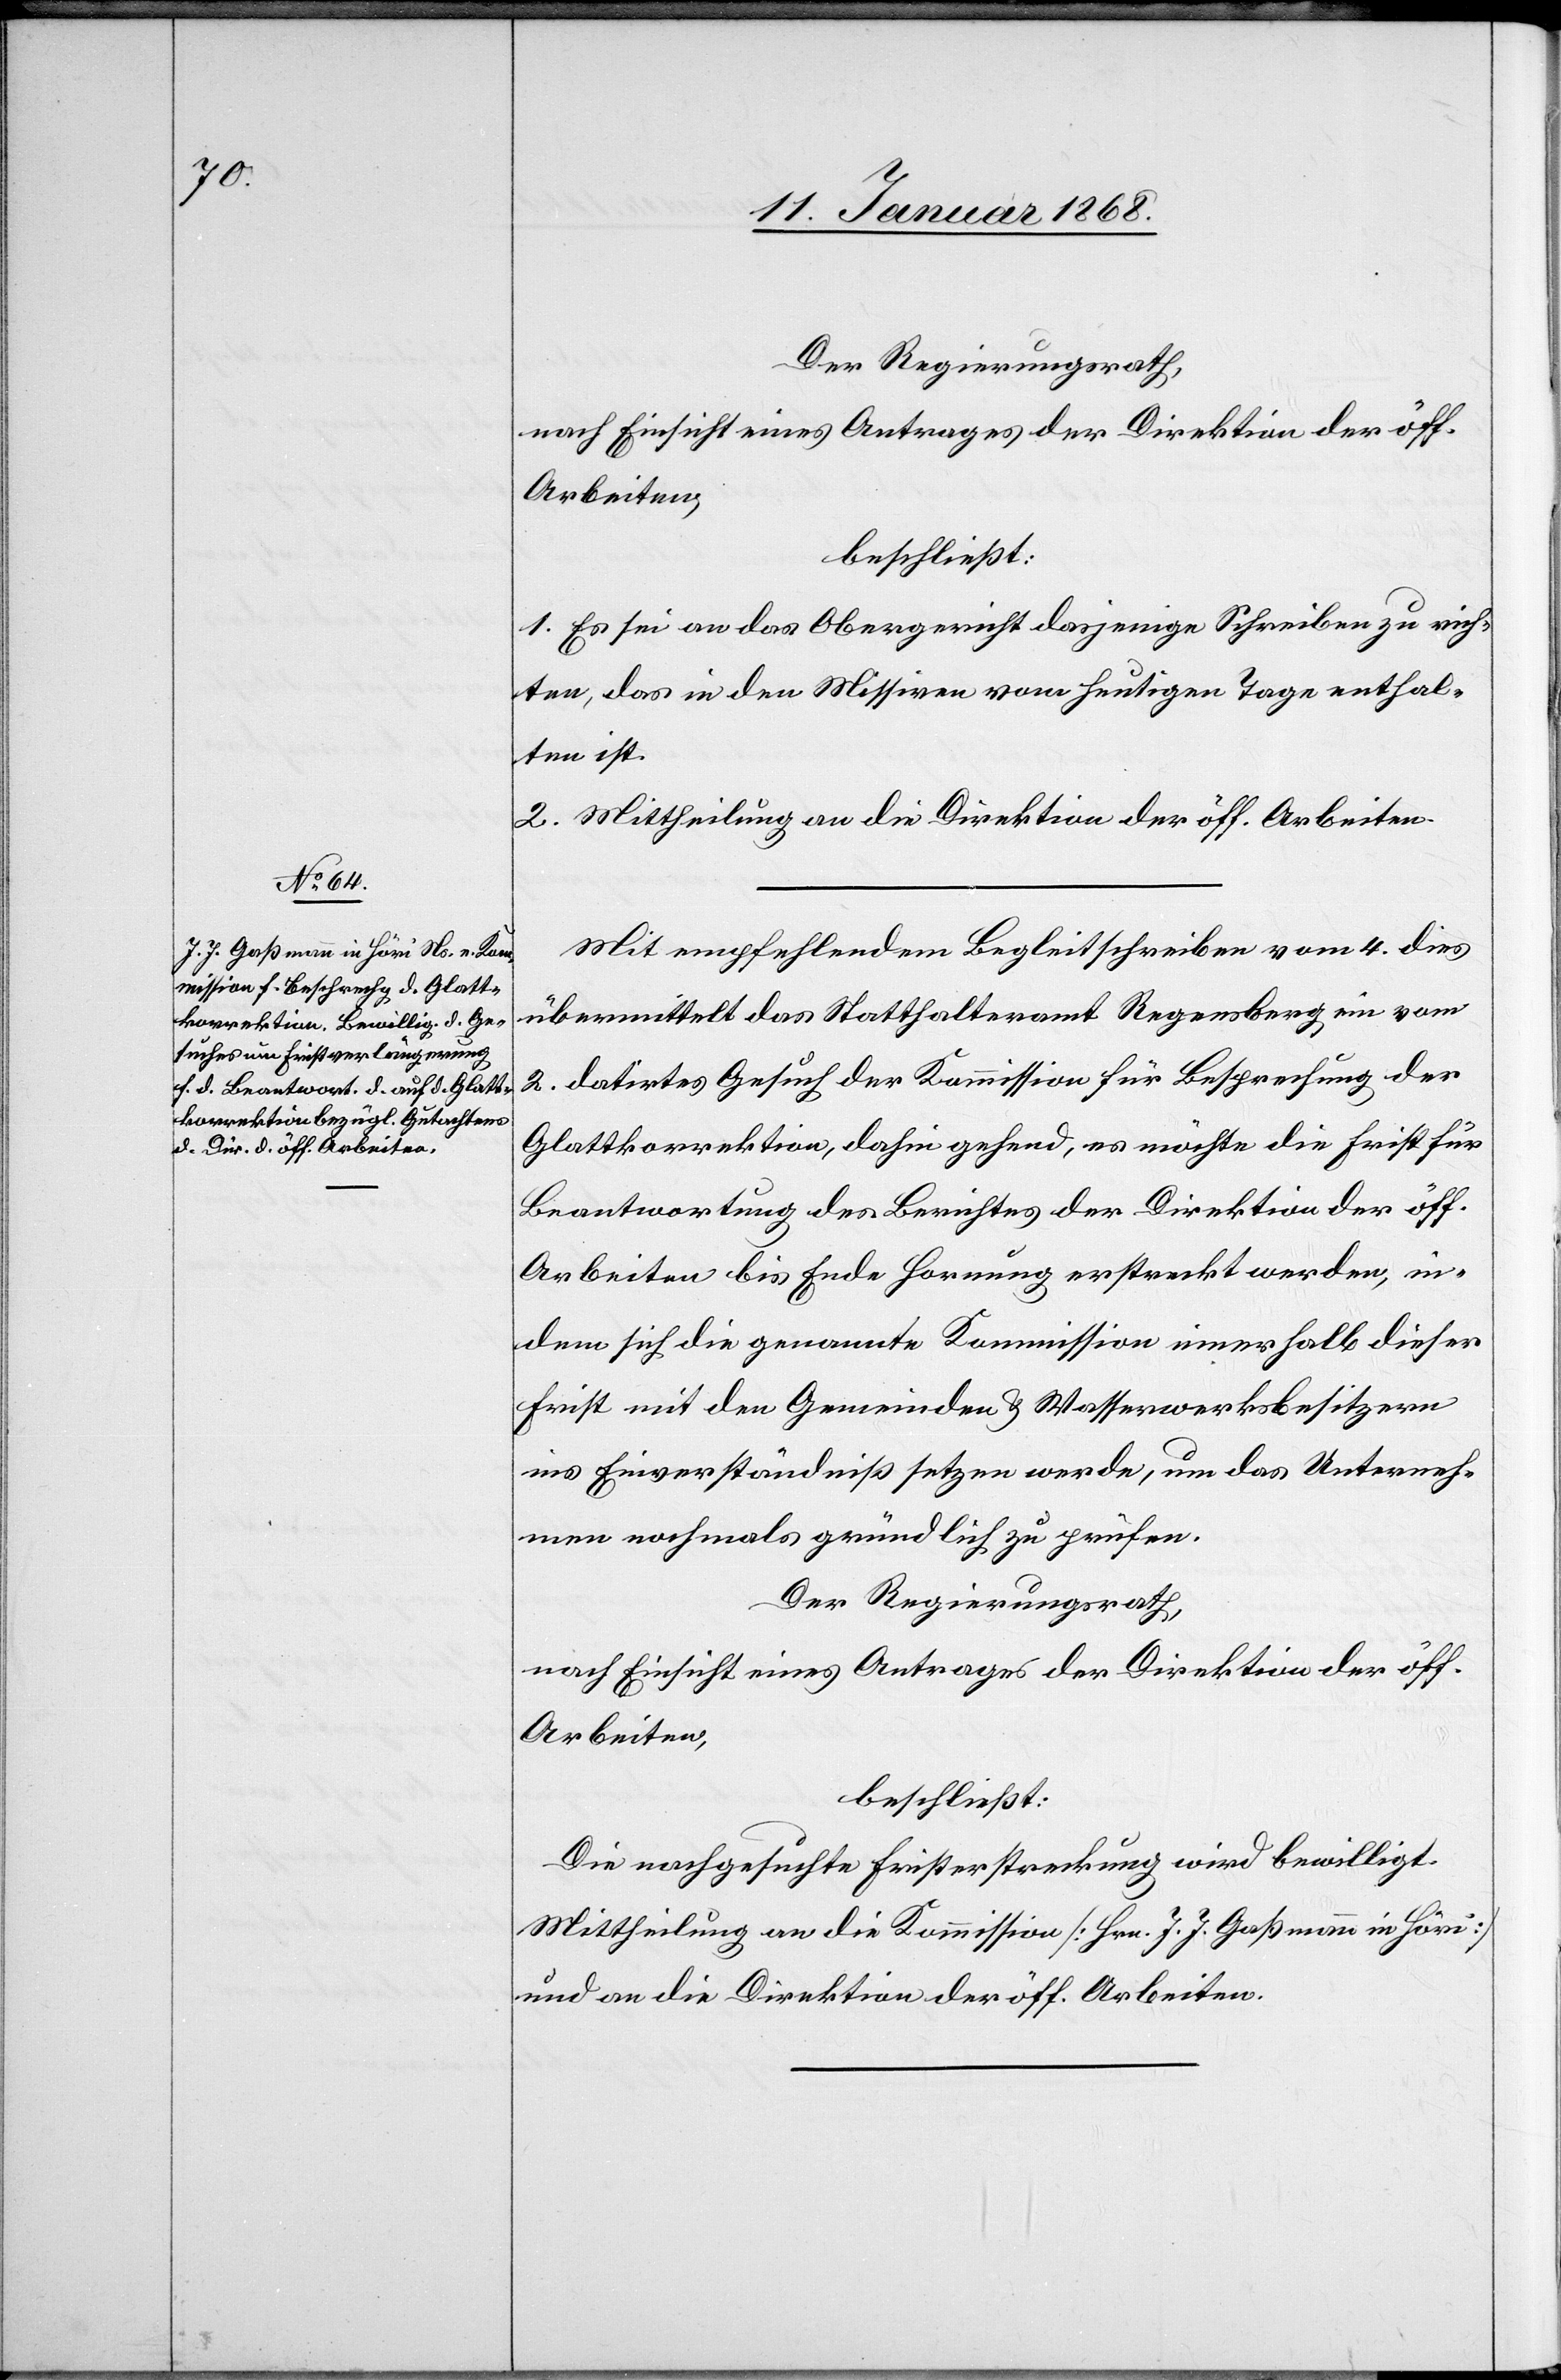
Der Regierungsrath,
nach Einsicht eines Antrages der Direktion der öff.
Arbeiten,
beschließt:
1. Es sei an das Obergericht dasjenige Schreiben zu rich¬
ten, das in den Missiven vom heutigen Tage enthal¬
ten ist.
2. Mittheilung an die Direktion der öff. Arbeiten.
Mit empfehlendem Begleitschreiben vom 4. dies
übermittelt das Statthalteramt Regensberg ein vom
2. datirtes Gesuch der Kommission für Besprechung der
Glattkorrektion, dahin gehend, es möchte die Frist für
Beantwortung des Berichtes der Direktion der öff.
Arbeiten bis Ende Hornung erstreckt werden, in¬
dem sich die genannte Kommission innerhalb dieser
Frist mit den Gemeinden & Wasserwerksbesitzern
ins Einverständniß setzen werde, um das Unterneh¬
men nochmals gründlich zu prüfen.
Der Regierungsrath,
nach Einsicht eines Antrages der Direktion der öff.
Arbeiten,
beschließt:
Die nachgesuchte Fristerstreckung wird bewilligt.
Mittheilung an die Kommission [Hrn. J. J. Gaßmann in Höri]
und an die Direktion der öff. Arbeiten.